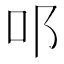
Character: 𨙫